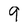
Character: 9